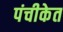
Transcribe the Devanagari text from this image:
पंचीकेत